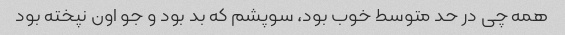
همه چی در حد متوسط خوب بود، سوپشم که بد بود و جو اون نپخته بود